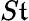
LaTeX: S\mathfrak{t}